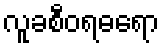
လူခစီဝရဓရော